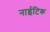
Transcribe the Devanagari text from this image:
नाईटिक